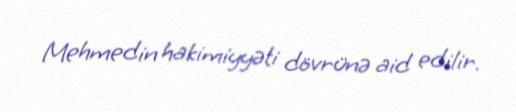
Mehmedin hakimiyyəti dövrünə aid edilir.